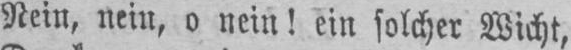
Nein, nein, o nein! ein solcher Wicht,